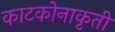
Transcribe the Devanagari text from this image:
काटकोनाकृती